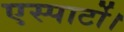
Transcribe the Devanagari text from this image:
एस्पार्टो।